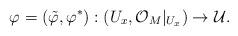
LaTeX: \begin{align*}\varphi=(\tilde\varphi, \varphi^*): (U_x, \mathcal{O}_M|_{U_x}) \rightarrow \mathcal{U}.\end{align*}